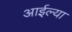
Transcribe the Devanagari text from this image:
आईल्या